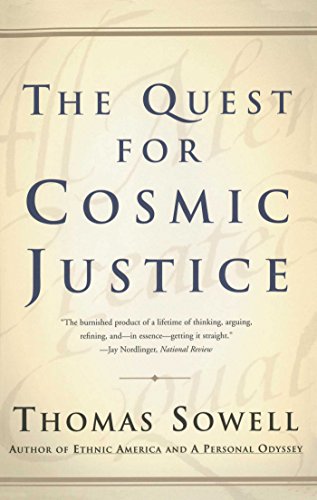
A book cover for The Quest for Cosmic Justice; Thomas Sowell; Law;